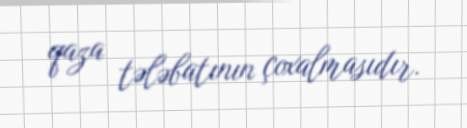
qaza tələbatının çoxalmasıdır.